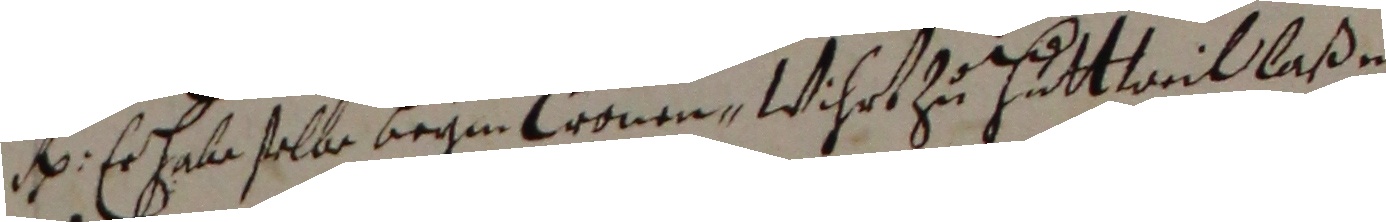
e. Er hale selbe beym kronen, wihrt zu huttweil laßen